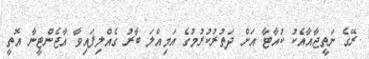
ރޭގެ ނަތީޖާއާއެކު ކުއާޓާ އަށް ދަތުރުކުރުމުގެ އަމިއްލަ ބާރު ގެއްލިފައިވާ އާޖެންޓީނާ އޮތީ